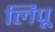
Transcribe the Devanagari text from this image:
लिपू